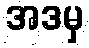
အဒမှ